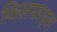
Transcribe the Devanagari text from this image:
किलफाइल